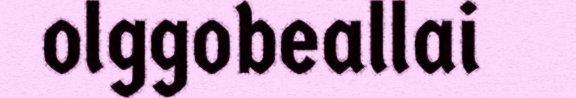
olggobeallai